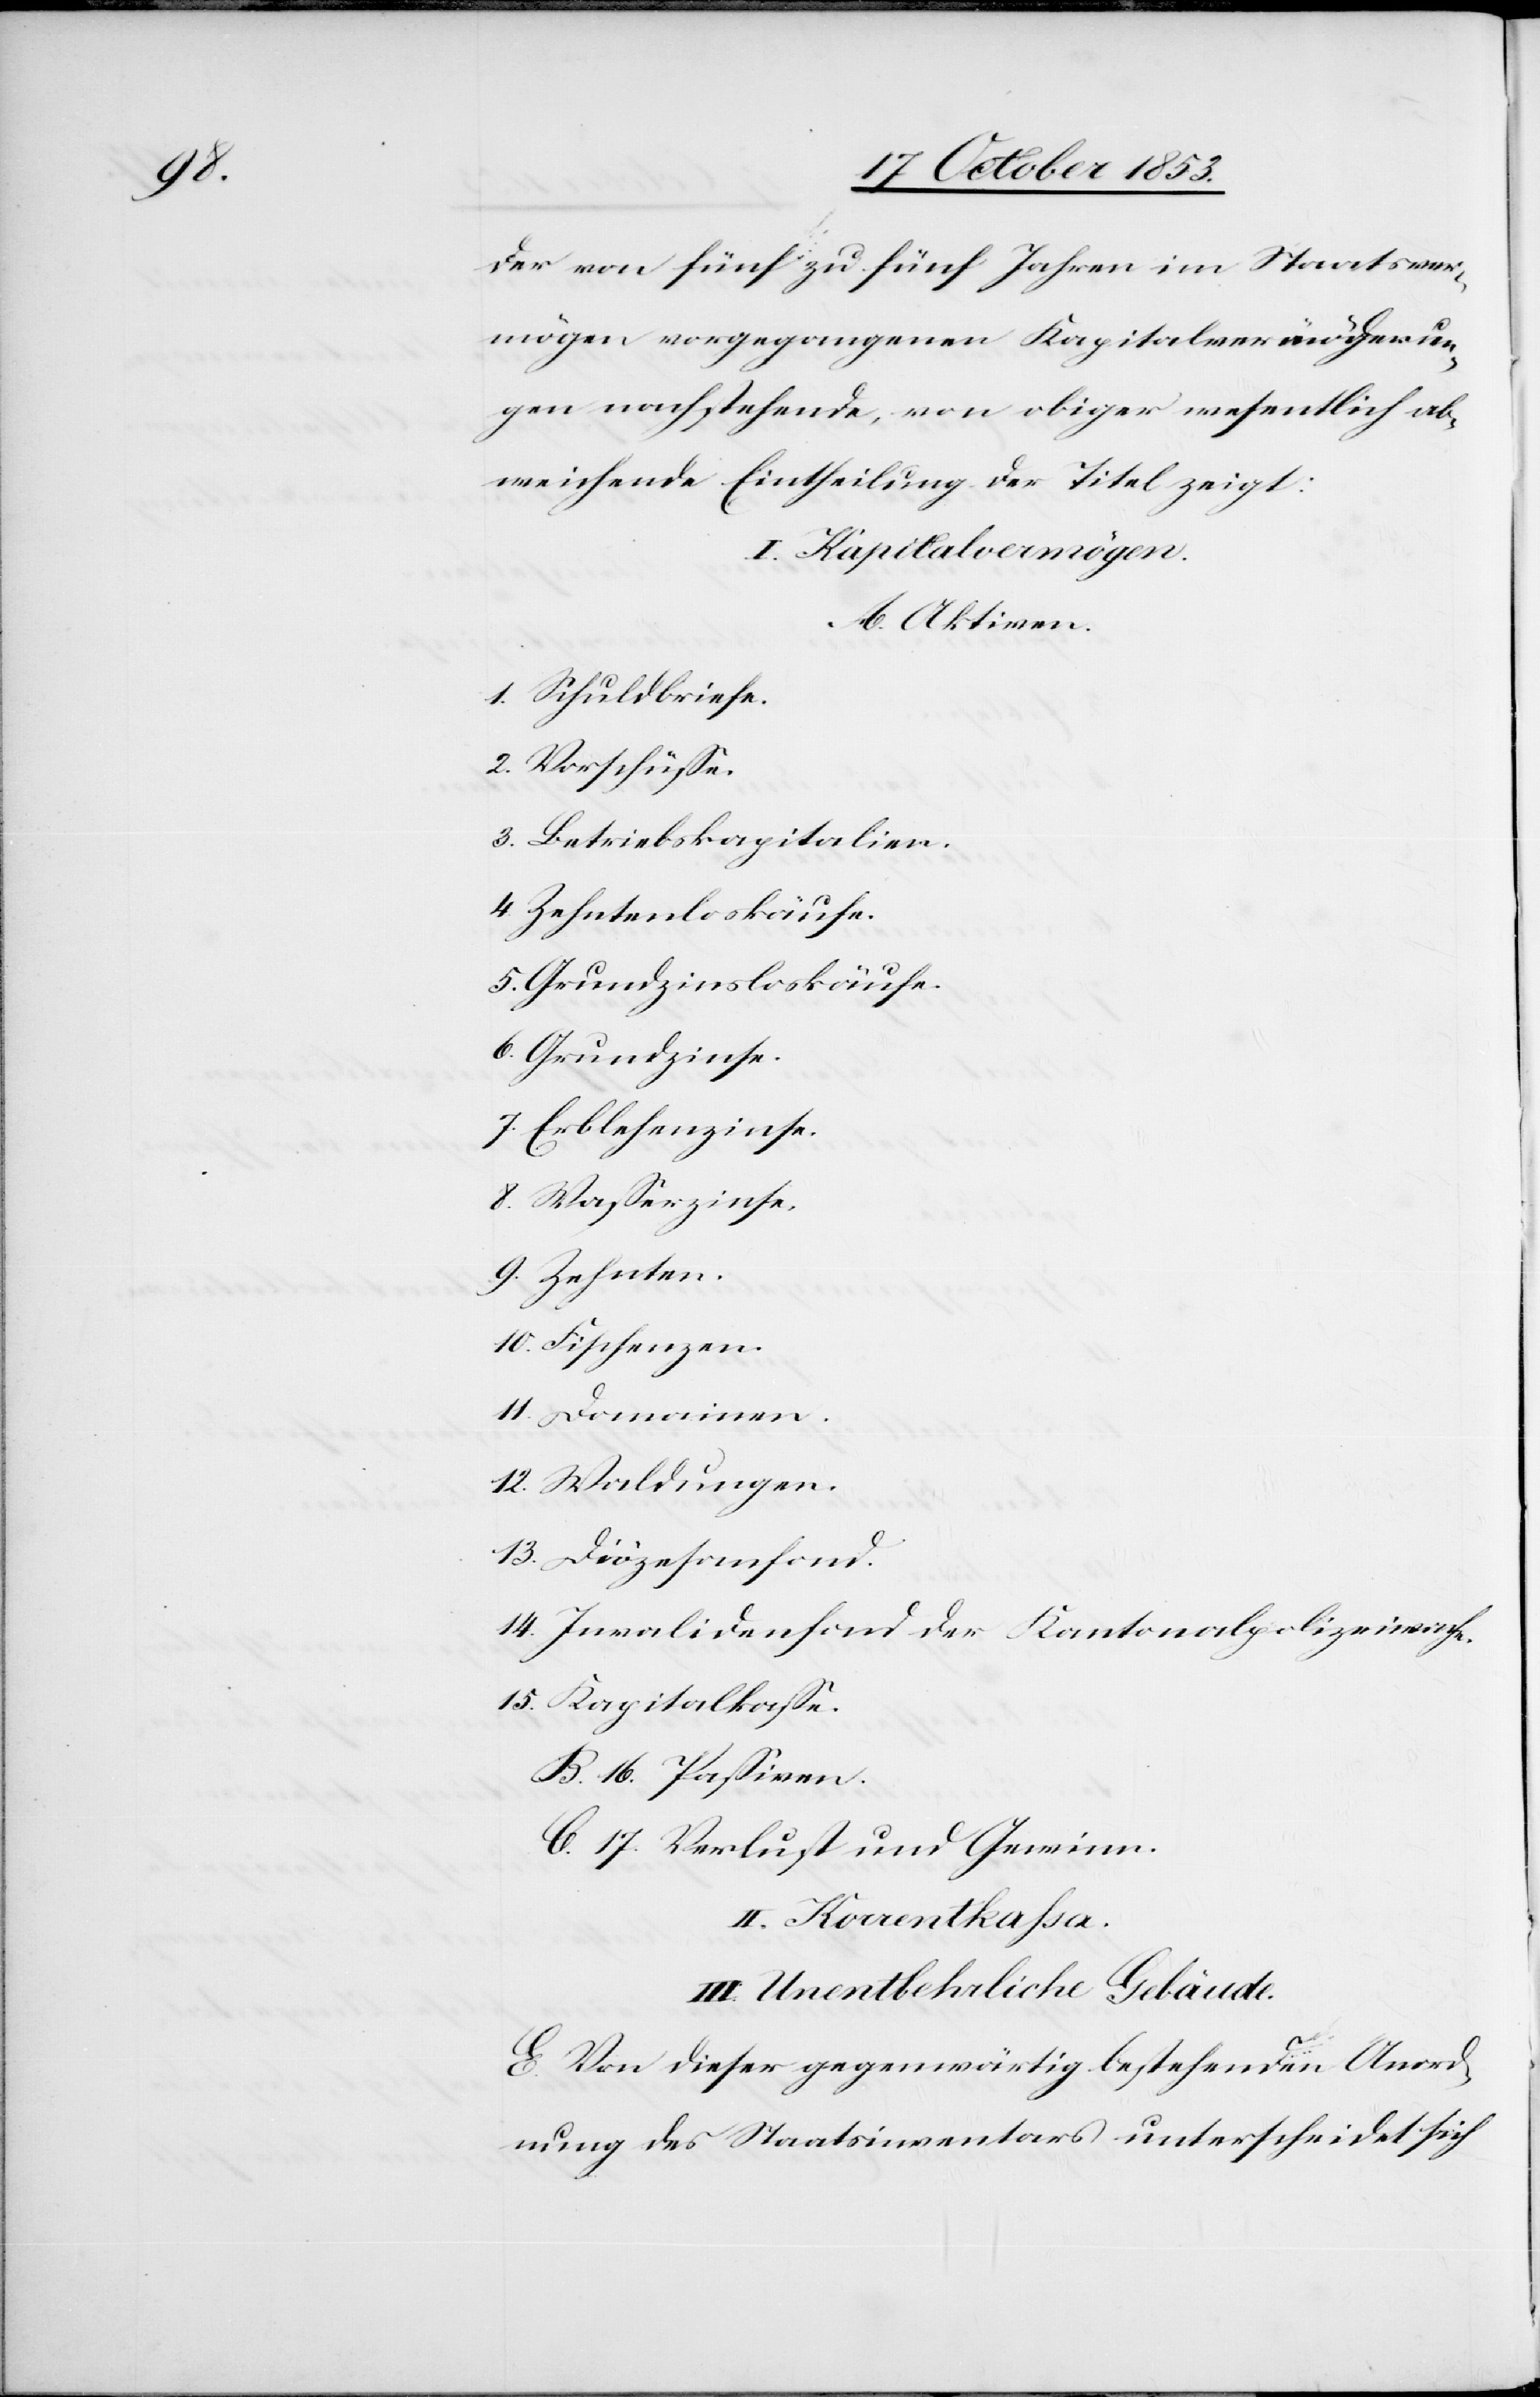
der von fünf zu fünf Jahren im Staatsver¬
mögen vorgegangenen Kapitalveränderun¬
gen nachstehende, von obiger wesentlich ab¬
weichende Eintheilung der Titel zeigt:
Aktiven.
1. Schuldbriefe
2. Vorschüße
3. Betriebskapitalien.
4. Zehntenloskäufe.
5. Grundzinskäufe.
6. Grundzinse.
7. Erblehenzinse.
8. Waßerzinse.
9. Zehnten.
10. Fischenzen.
11. Domainen.
12. Waldungen.
13. Diözesenfond.
14. Invalidenfond der Kantonalpolizeiwache.
15. Kapitalkaße.
B. 16. Paßiven.
C. 17. Verlust und Gewinn.
II. Korentkaßa.
III. Unentbehrliche Gebäude.
E. Von dieser gegenwärtig bestehenden Anord¬
nung des Staatsinventars unterscheidet sich